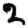
Digit: 2